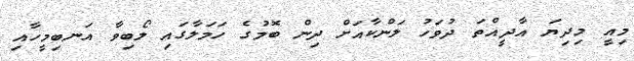
މިއީ މިދިޔަ އާދީއްތަ ދުވަހު ލަންކާއަށް ދިން ބޮމުގެ ހަމަލާގައި ލޯބިވާ އަނބިމީހާއި